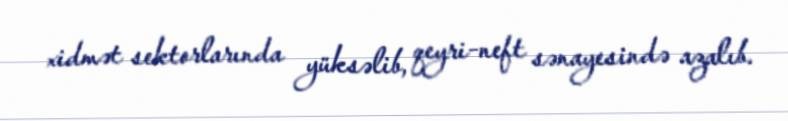
xidmət sektorlarında yüksəlib, qeyri-neft sənayesində azalıb.